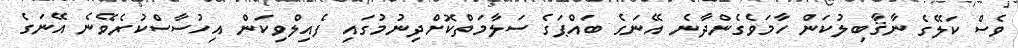
ވެސް ކަލޭގެ ނާޤާބިލުކަން ހާމަވެގެންދާނެ އޭނަގެ ބައްޕަގެ ސަލާމަތްކޮށްދިނުމުގައި ފެއިލްވިކަން އިހުސާސްކުރެވޭނެ އޭނަގެ